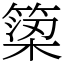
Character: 𥱋